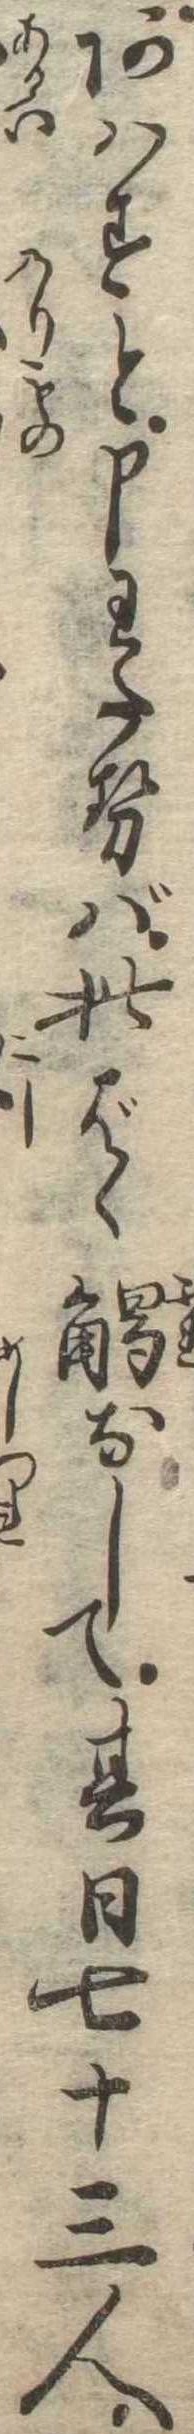
あはすと申わたせば此ばゝ触なして其日七十三人